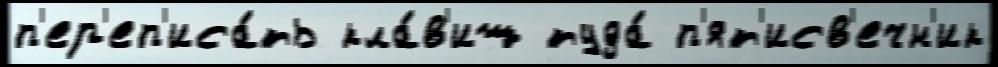
п'ер'еп'иса́ть кла́в'иш туда́ п'ят'исв'ечн'ик